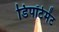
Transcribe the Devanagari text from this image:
डिपॉर्टमेंट